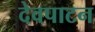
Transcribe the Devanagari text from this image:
देवपाटन